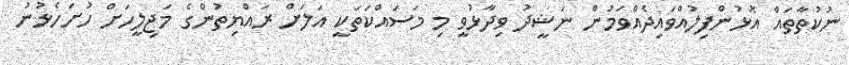
ނުކުތާތައް އޮޅުންފިލުއްވައިދެއްވަމުން ނަޝީދު ވިދާޅުވީ މި މަސައްކަތަކީ އަލަށް ރައްޔިތުންގެ މަޖިލީހަށް ހުށަހެޅުނު